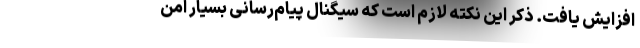
افزایش یافت. ذکر این نکته لازم است که سیگنال پیام‌رسانی بسیار امن